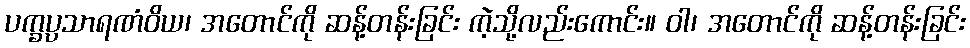
ပက္ခပ္ပသာရဏံဝိယ၊ အတောင်ကို ဆန့်တန်းခြင်း ကဲ့သို့လည်းကောင်း။ ဝါ၊ အတောင်ကို ဆန့်တန်းခြင်း